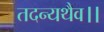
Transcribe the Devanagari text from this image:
तदन्यथैव।।